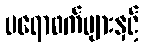
ပရောဖက်များနှင့်